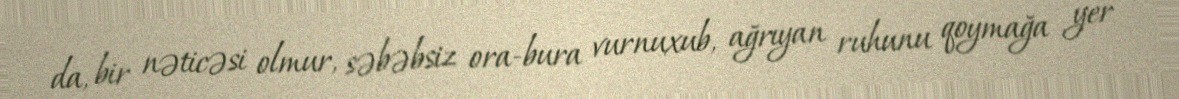
da, bir nəticəsi olmur, səbəbsiz ora-bura vurnuxub, ağrıyan ruhunu qoymağa yer